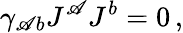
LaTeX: \gamma_{\mathscr{A}b}J^{\mathscr{A}}J^{b}=0\, ,